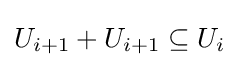
U_{i+1}+U_{i+1}\subseteq U_{i}